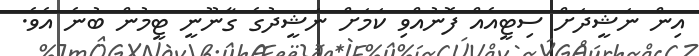
އިން ނަޝީދަށް ސިޓީއެއް ފޮނުއްވި ކަމަށް ނަޝީދުގެ ގާނޫނީ ޓީމުން ބުނެ އެވެ.